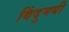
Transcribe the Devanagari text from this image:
बिंदुमयी